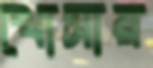
খোসায়